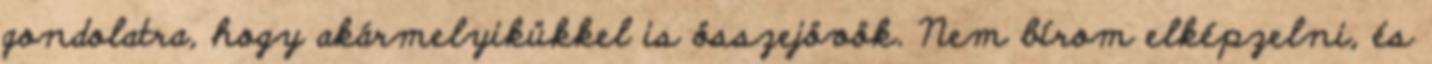
gondolatra, hogy akármelyikükkel is összejövök. Nem bírom elképzelni, és